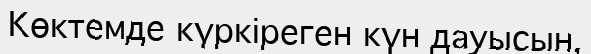
Көктемде күркіреген күн дауысын,